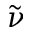
\tilde { \nu }